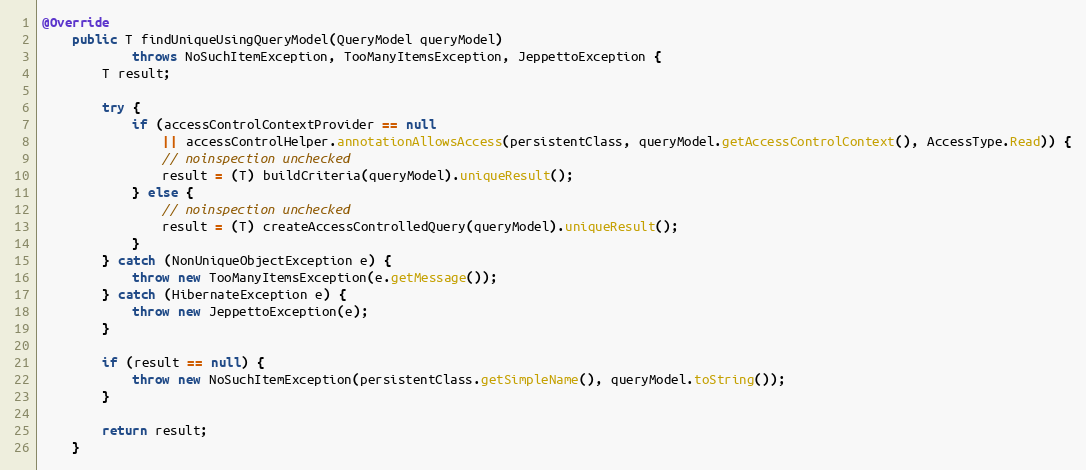
Language: Java
@Override
    public T findUniqueUsingQueryModel(QueryModel queryModel)
            throws NoSuchItemException, TooManyItemsException, JeppettoException {
        T result;

        try {
            if (accessControlContextProvider == null
                || accessControlHelper.annotationAllowsAccess(persistentClass, queryModel.getAccessControlContext(), AccessType.Read)) {
                // noinspection unchecked
                result = (T) buildCriteria(queryModel).uniqueResult();
            } else {
                // noinspection unchecked
                result = (T) createAccessControlledQuery(queryModel).uniqueResult();
            }
        } catch (NonUniqueObjectException e) {
            throw new TooManyItemsException(e.getMessage());
        } catch (HibernateException e) {
            throw new JeppettoException(e);
        }

        if (result == null) {
            throw new NoSuchItemException(persistentClass.getSimpleName(), queryModel.toString());
        }

        return result;
    }